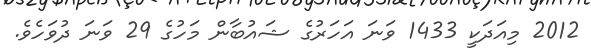
2012 މިއަދަކީ 1433 ވަނަ އަހަރުގެ ޝައުބާން މަހުގެ 29 ވަނަ ދުވަހެވެ.